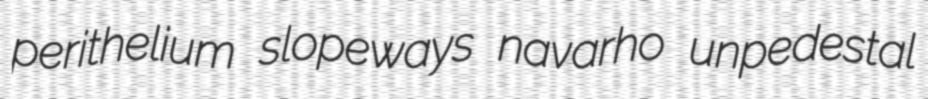
perithelium slopeways navarho unpedestal